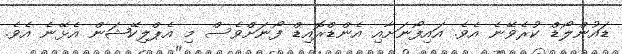
ޑައުންލޯޑް ކުރެވޭނެ އެވެ. އައިފޯނަށާއި އެންޑްރޮއިޑް ފޯނަށްވެސް މި އެޕްލިކޭޝަން އެޅޭނެ އެވެ.